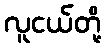
လူငယ်တို့